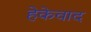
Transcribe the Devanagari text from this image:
हेकेवाद